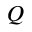
Q